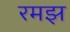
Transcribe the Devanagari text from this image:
रमझ